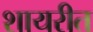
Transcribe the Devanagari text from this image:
शायरीत